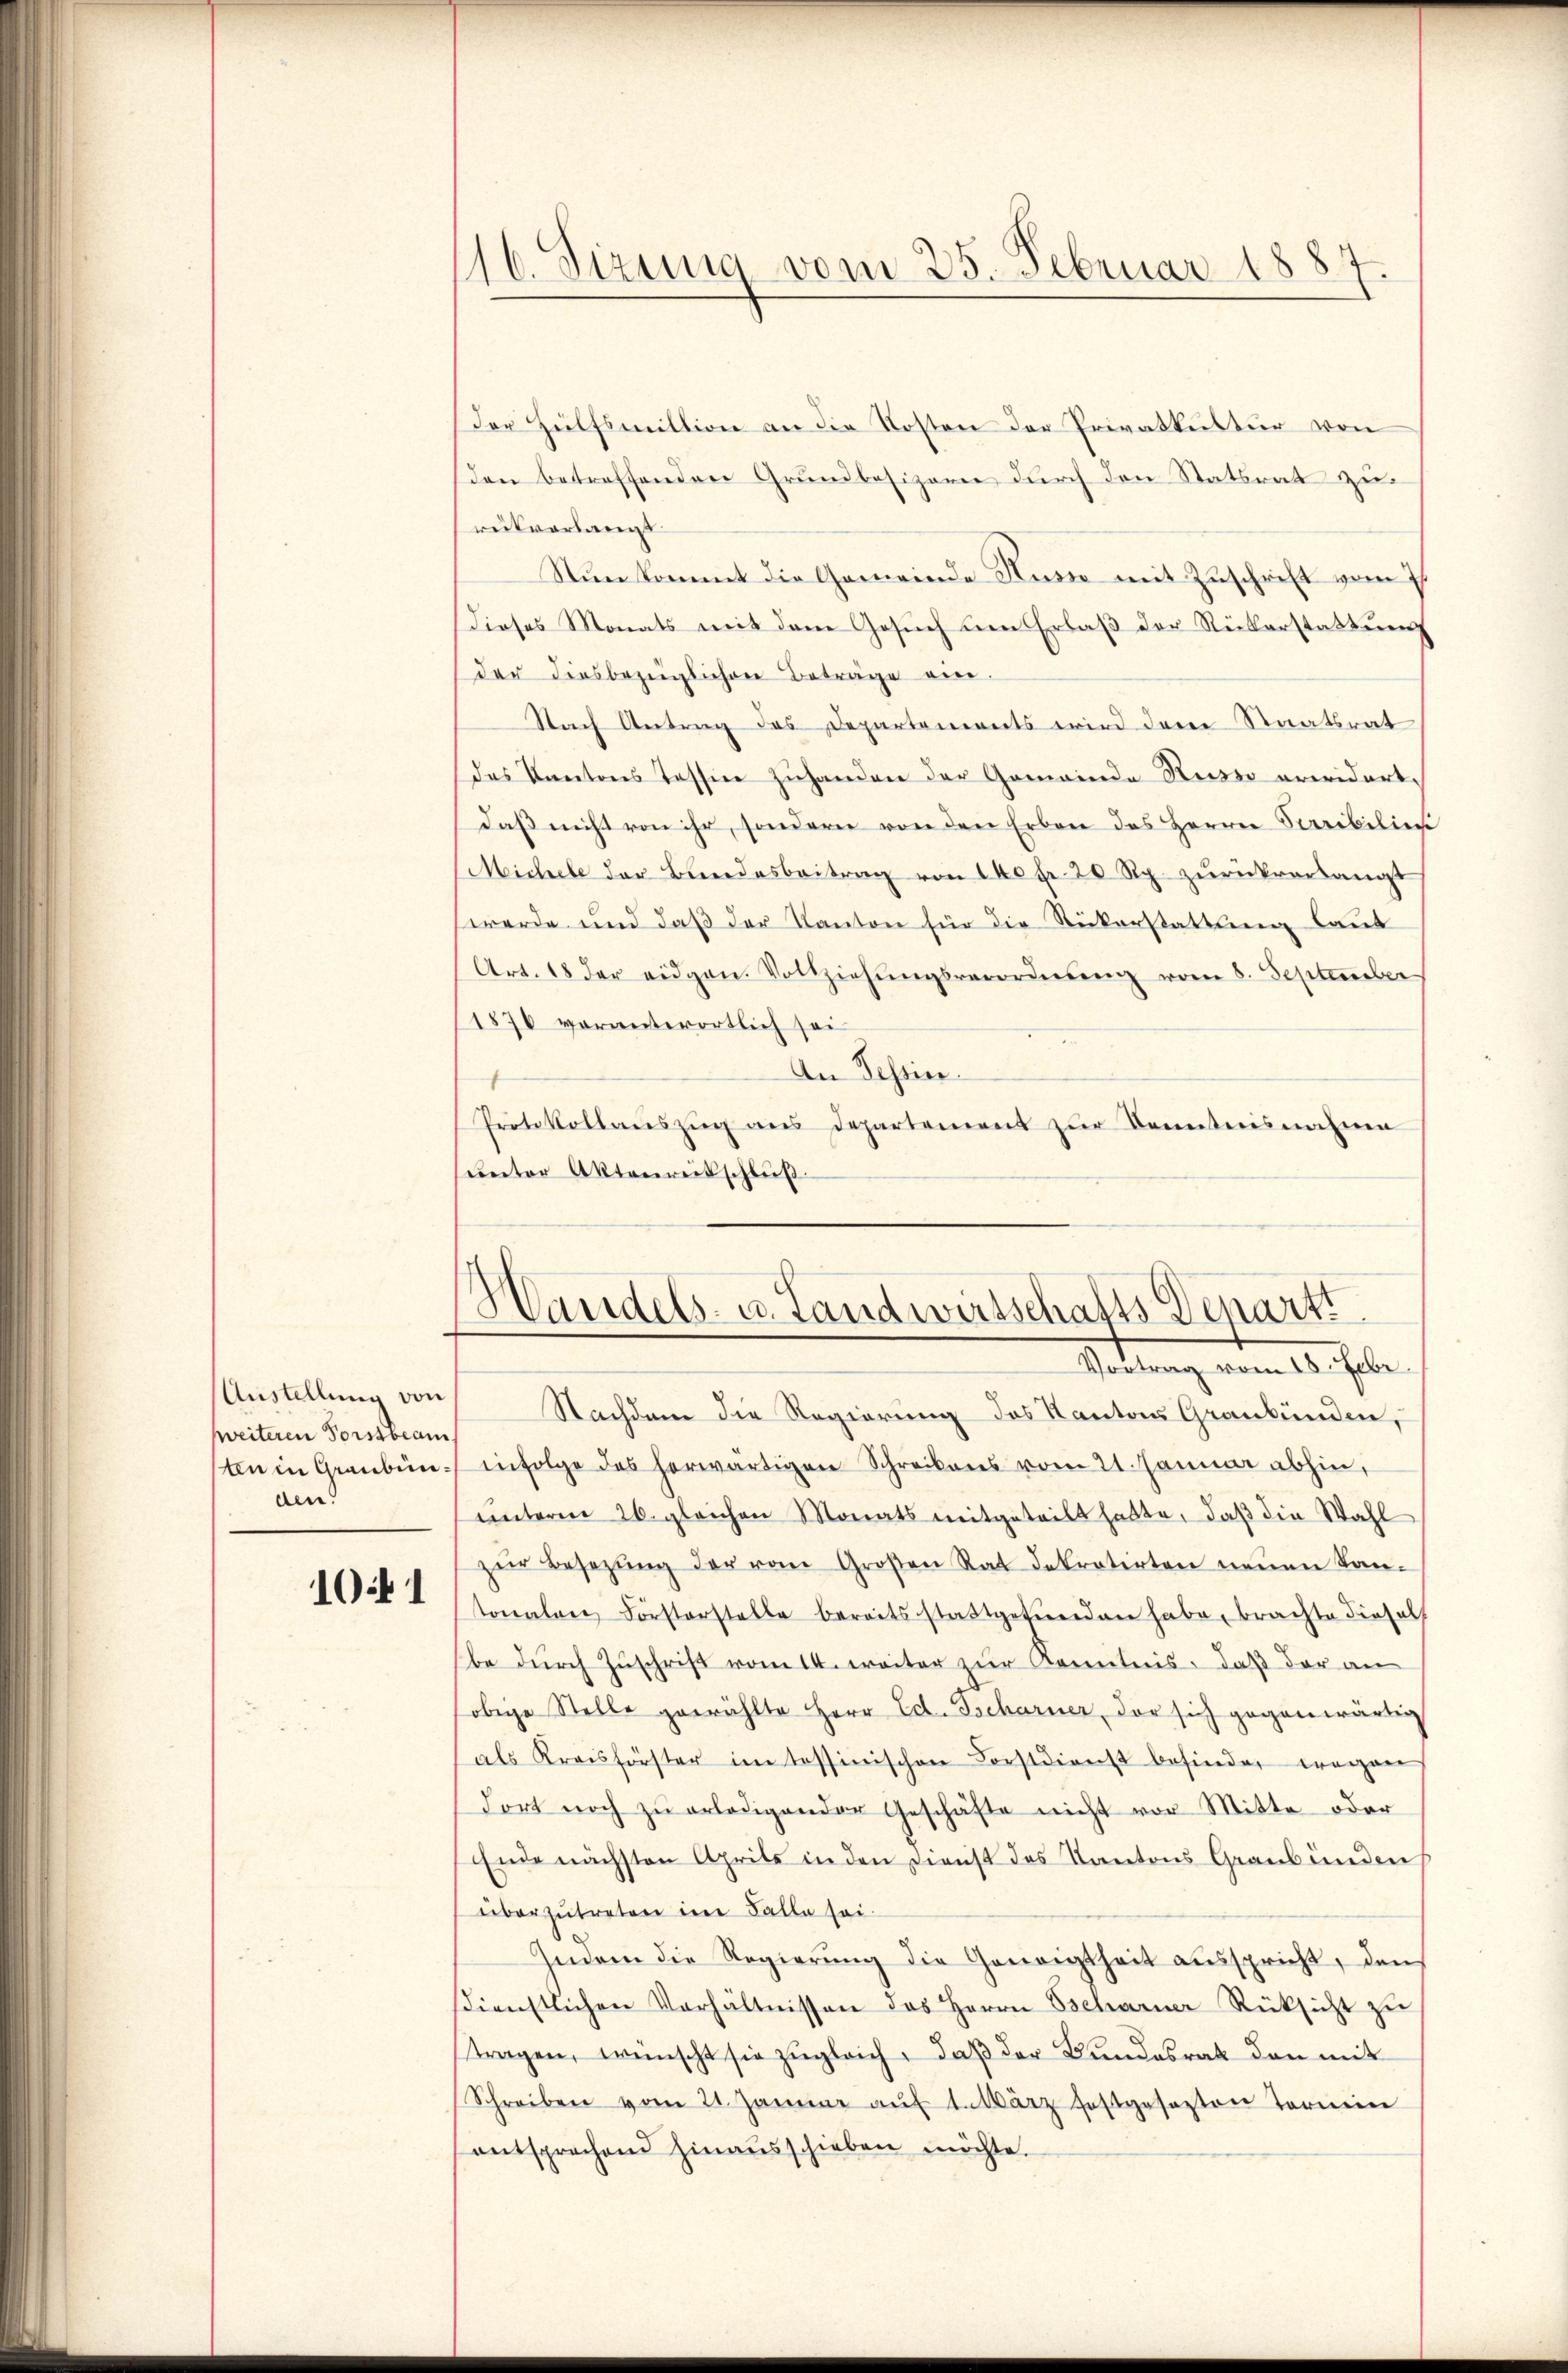
Austellung von
(weiteren Forstbeam
ten in Graubünden!

1041

16. Sizung vom 25. Februar 1887

Der Hülfsmittion an die Kosten der Privatkultur von
den betreffenden Grundbesizern durch den Statsrat zurückverlangt
Nun kommt die Gemeinde Husso mit Zuschrift vom 7.
dieses Monats mit dem Gesuch um Erlaβ der Rückerstattung
der diesbezüglichen Beträge eine
Nach Antrag des Departements wird den Staatsrat
das Kantons Tessin zuhanden der Gemeinde Russo erwidert,
daß nicht von ihr, sondern von den Erben des Herrn Perribilien
Michel der Bundesbeitrag von 140 fr. 20 Rp. zŭrückverlangt
werde und daß der Kanton für die Rückerstattung laut
Art. 18 der eidgen. Vollziehŭngsverordneten vom 8. September
1876 voranterörtlich sei
An Pessier.
Protokollaŭszŭg ans Departement zŭr Kenntnisnahme
unter Aktenreisschluß
Haridels- u. Landwirtschafts Departt
Vortrag vom 18. Febr.
Nachdem die Regierung des Kantons Graubünden,
infolge des herwärtigen Schreibens vom 21. Januar abhin,
unterm 26. gleichen Monats mitgeteilt hatte, daß die Wahl
zŭr Besetzŭng der vom Großen Rat dekretirten neŭen Kan-
tonalen Forsterstelle bereitsstattgefunden habe, brachte diesels
be durch Zuschrift vom 14. weiter zur Kenntnis, daß der an
obige Stelle gewählte Herr Ed. Tscharner, der sich gegenwärtig
als Kreisförster im Tessinischen Forstdienst befinden wegen
dort noch zŭ erledigender Geschäfte nicht vor Mitte oder
Ende nächsten Aprils in den Dienst des Kantons Graubünden
überzutreten im Falle sei.
Indem die Regierŭng die Geneigtheit aŭsspricht, den
sdienstlichen Verhältnissen des Herrn Tscharner Rücksicht zŭ
tragen, wünscht sie zugleich, daß der Bundesrat den mit
Schreiben vom 21. Januar aŭf 1. März festgesezten Termin
entsprechend hinaŭsschieben möchte.